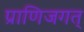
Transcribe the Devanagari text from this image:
प्राणिजगत्